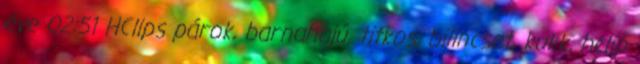
éve 02:51 HClips párok, barnahajú, titkos, bilincset, kukk, hclip